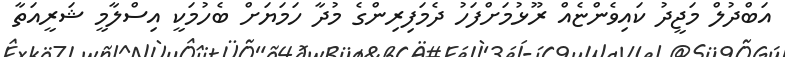
އަބްދުލް މަޖީދު ކައިވެންޏެއް ރޫޅުމަށްފަހު ދެމަފިރިންގެ މުދާ ހަމަޔަށް ބެހުމަކީ އިސްލާމީ ޝަރީއަތާ